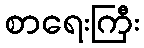
စာရေးကြီး